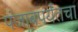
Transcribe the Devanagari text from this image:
पंजाबपर्यंतचा